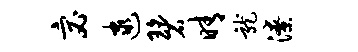
宓逮碧晴龙潦